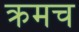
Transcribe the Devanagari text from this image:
क्रमच